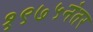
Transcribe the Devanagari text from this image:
१९७५नंतर